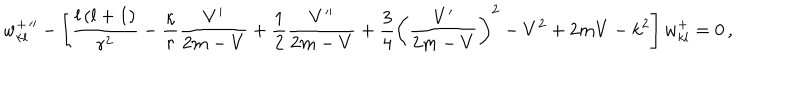
LaTeX: w _ { k l } ^ { + } { ' ^ { \prime } } - \left[ \frac { l \left( l + 1 \right) } { r ^ { 2 } } - \frac { \kappa } { r } \frac { V ^ { \prime } } { 2 m - V } + \frac { 1 } { 2 } \frac { V ^ { \prime \prime } } { 2 m - V } + \frac { 3 } { 4 } \left( \frac { V ^ { \prime } } { 2 m - V } \right) ^ { 2 } - V ^ { 2 } + 2 m V - k ^ { 2 } \right] w _ { k l } ^ { + } = 0 \, ,